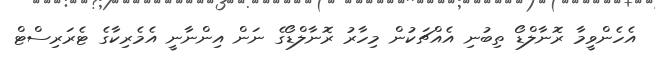
އެހެންވީމާ ރޮނާލްޑޯ ތިބުނި އެއްޗަކުން މިހާރު ރޮނާލްޑޯގެ ނަން އިންނާނީ އެމެރިކާގެ ޓެރަރިސްޓް